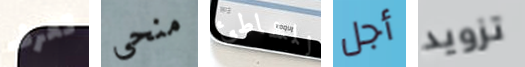
تعرف منحى للشاطئ أجل تزويد